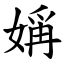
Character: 㛵